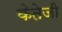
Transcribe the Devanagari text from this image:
केतेजी